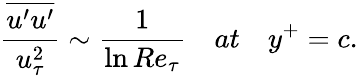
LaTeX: \frac{\overline{{u^{\prime}u^{\prime}}}}{u_{\tau}^{2}}\sim\frac{1}{\ln Re_{\tau}}\quad at\quad y^{+}=c.